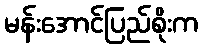
မန်းအောင်ပြည်စိုးက